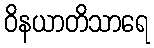
ဝိနယာတိသာရေ